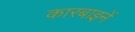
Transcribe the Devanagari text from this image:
कारबाइनें